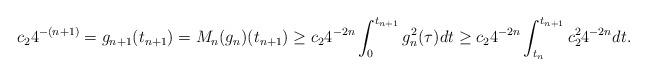
LaTeX: \begin{align*}c_2 4^{-(n+1)}=g_{n+1}(t_{{n+1}})=M_n(g_n)(t_{n+1})\ge c_2 4^{-2n}\int_{0}^{t_{n+1}}g^2_n(\tau) dt\ge c_2 4^{-2n}\int_{t_n}^{t_{n+1}} c_2^2 4^{-2n}dt.\end{align*}